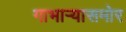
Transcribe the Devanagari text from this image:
गाभार्‍यासमोर